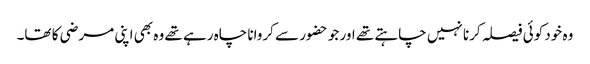
وہ خود کوئی فیصلہ کرنا نہیں چاہتے تھے اور جو حضور سے کروانا چاہ رہے تھے وہ بھی اپنی مرضی کا تھا۔